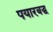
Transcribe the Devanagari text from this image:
पयारबद्ध